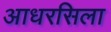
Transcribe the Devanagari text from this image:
आधरसिला